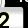
Digit: 2